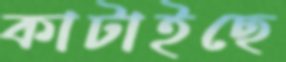
কাটাইছে